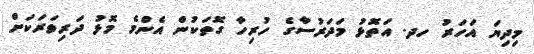
މިދިޔަ އަހަރު ހދ. އަތޮޅު މަދަރުސާގެ ހުރިހާ ގޮތަކުން އެންމެ މޮޅު ދަރިވަރަކަށް